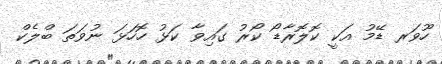
ހޫވަރ ޑޭމު އަކީ ކޮލޮރާޑޯ ކޯރު ގައިވާ ކަޅު ހޮހަޅަ ނުވަތަ ބްލެކް